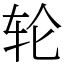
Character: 轮